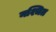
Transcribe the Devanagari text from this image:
नश्चित